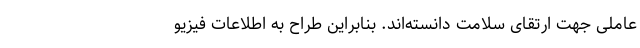
عاملی جهت ارتقای سلامت دانسته‌اند. بنابراین طراح به اطلاعات فیزیو